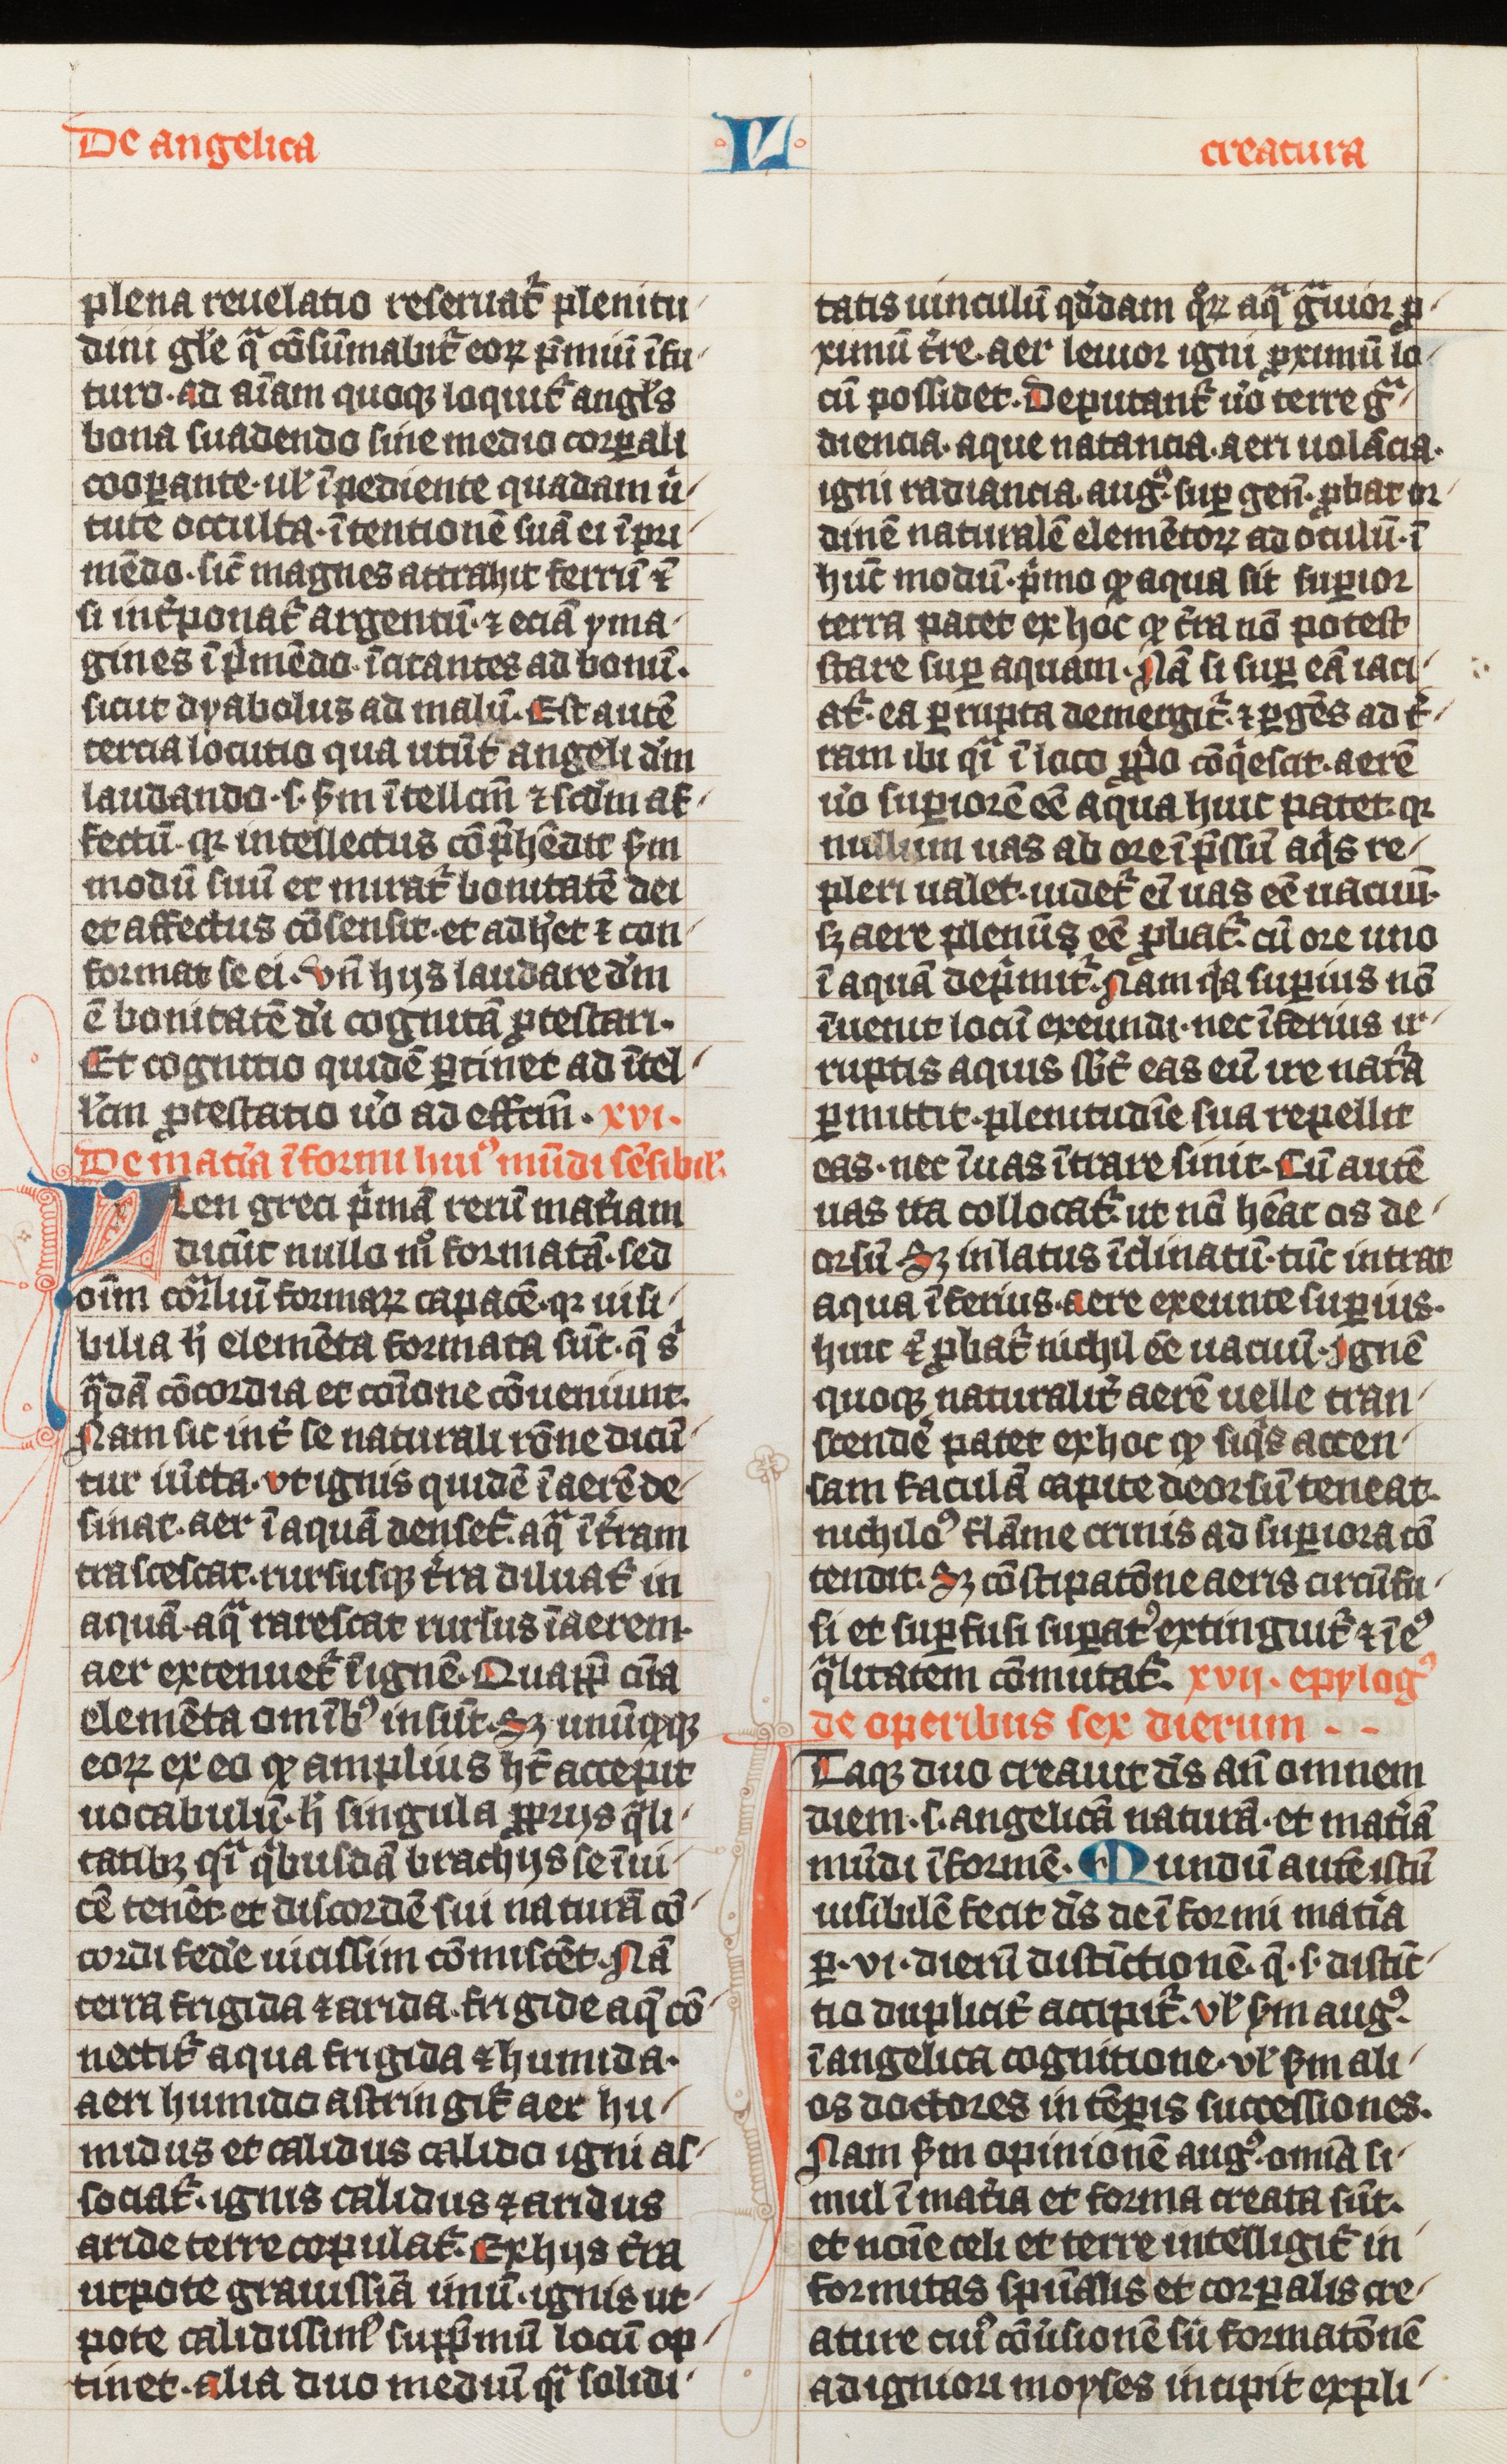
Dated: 1338–1338